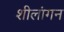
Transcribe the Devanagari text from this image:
शीलांगन